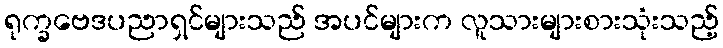
ရုက္ခဗေဒပညာရှင်များသည် အပင်များက လူသားများစားသုံးသည့်